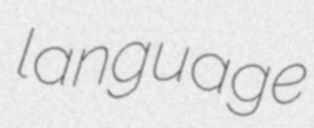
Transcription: language